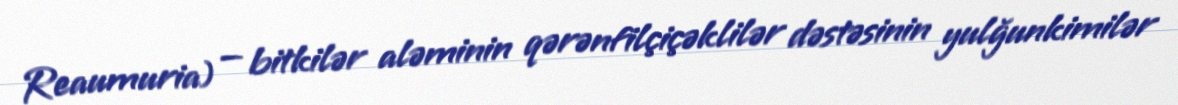
Reaumuria) — bitkilər aləminin qərənfilçiçəklilər dəstəsinin yulğunkimilər